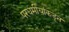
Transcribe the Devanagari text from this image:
परधर्मीयांकडून